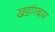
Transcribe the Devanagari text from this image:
खडांगबाम